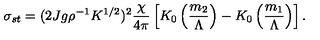
\sigma _ { s t } = ( 2 J g \rho ^ { - 1 } K ^ { 1 / 2 } ) ^ { 2 } { \frac { \chi } { 4 \pi } } \left[ K _ { 0 } \left( { \frac { m _ { 2 } } { \Lambda } } \right) - K _ { 0 } \left( { \frac { m _ { 1 } } { \Lambda } } \right) \right] .